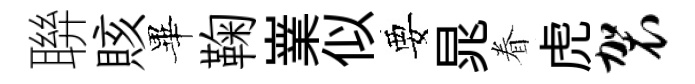
聨賅畢鞠嶪似要晁眷虎袈